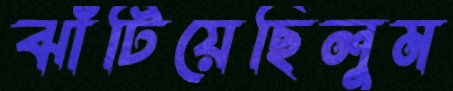
ঝাঁটিয়েছিলুম